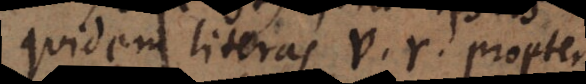
quidem literas v, r propter